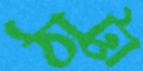
ঠাট্টা